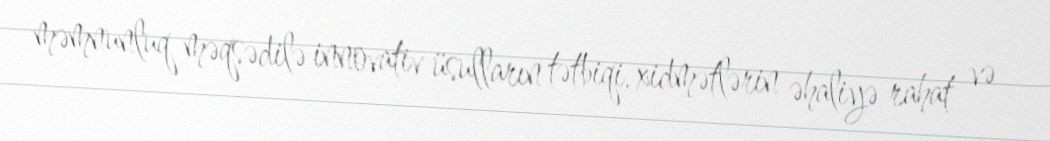
məmnunluq məqsədilə innovativ üsulların tətbiqi, xidmətlərin əhaliyə rahat və